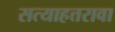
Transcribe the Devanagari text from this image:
सत्याहत्तरावा